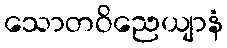
သောတဝိညေယျာနံ